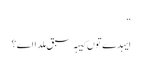
‏“‏
ایہدے توں کیہہ سبق مِلدا اے؟